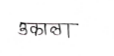
मजकूर: उकाला